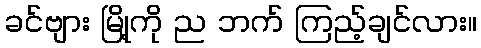
ခင်ဗျား မြို့ကို ည ဘက် ကြည့်ချင်လား။